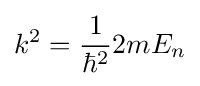
k^{2}={\frac {1}{\hbar ^{2}}}2mE_{n}